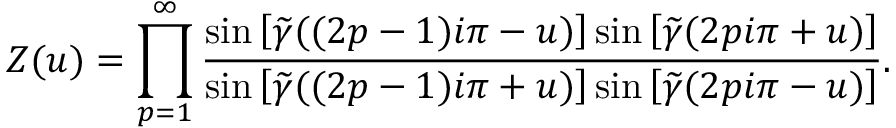
Z ( u ) = \prod _ { p = 1 } ^ { \infty } \frac { \sin \left[ \widetilde { \gamma } ( ( 2 p - 1 ) i \pi - u ) \right] \sin \left[ \widetilde { \gamma } ( 2 p i \pi + u ) \right] } { \sin \left[ \widetilde { \gamma } ( ( 2 p - 1 ) i \pi + u ) \right] \sin \left[ \widetilde { \gamma } ( 2 p i \pi - u ) \right] } .